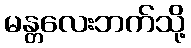
မန္တလေးဘက်သို့